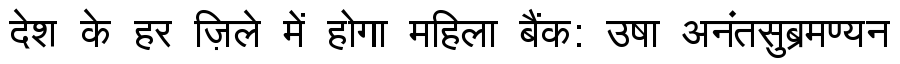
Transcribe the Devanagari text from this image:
देश के हर ज़िले में होगा महिला बैंक: उषा अनंतसुब्रमण्यन